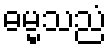
ဓမ္မသညံ